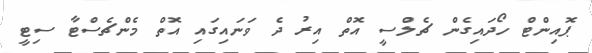
ޕޮއިންޓް ހޯދައިގެން ޗެލްސީ އޮތް އިރު ދެ ވަނައިގައި އޮތް މެންޗެސްޓާ ސިޓީ